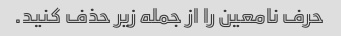
حرف نامعین را از جمله زیر حذف کنید.